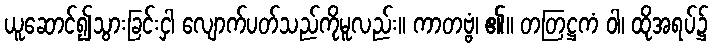
ယူဆောင်၍သွားခြင်းငှါ လျောက်ပတ်သည်ကိုမူလည်း။ ကာတဗ္ဗံ၊ ၏။ တတြဋ္ဌကံ ဝါ၊ ထိုအရပ်၌